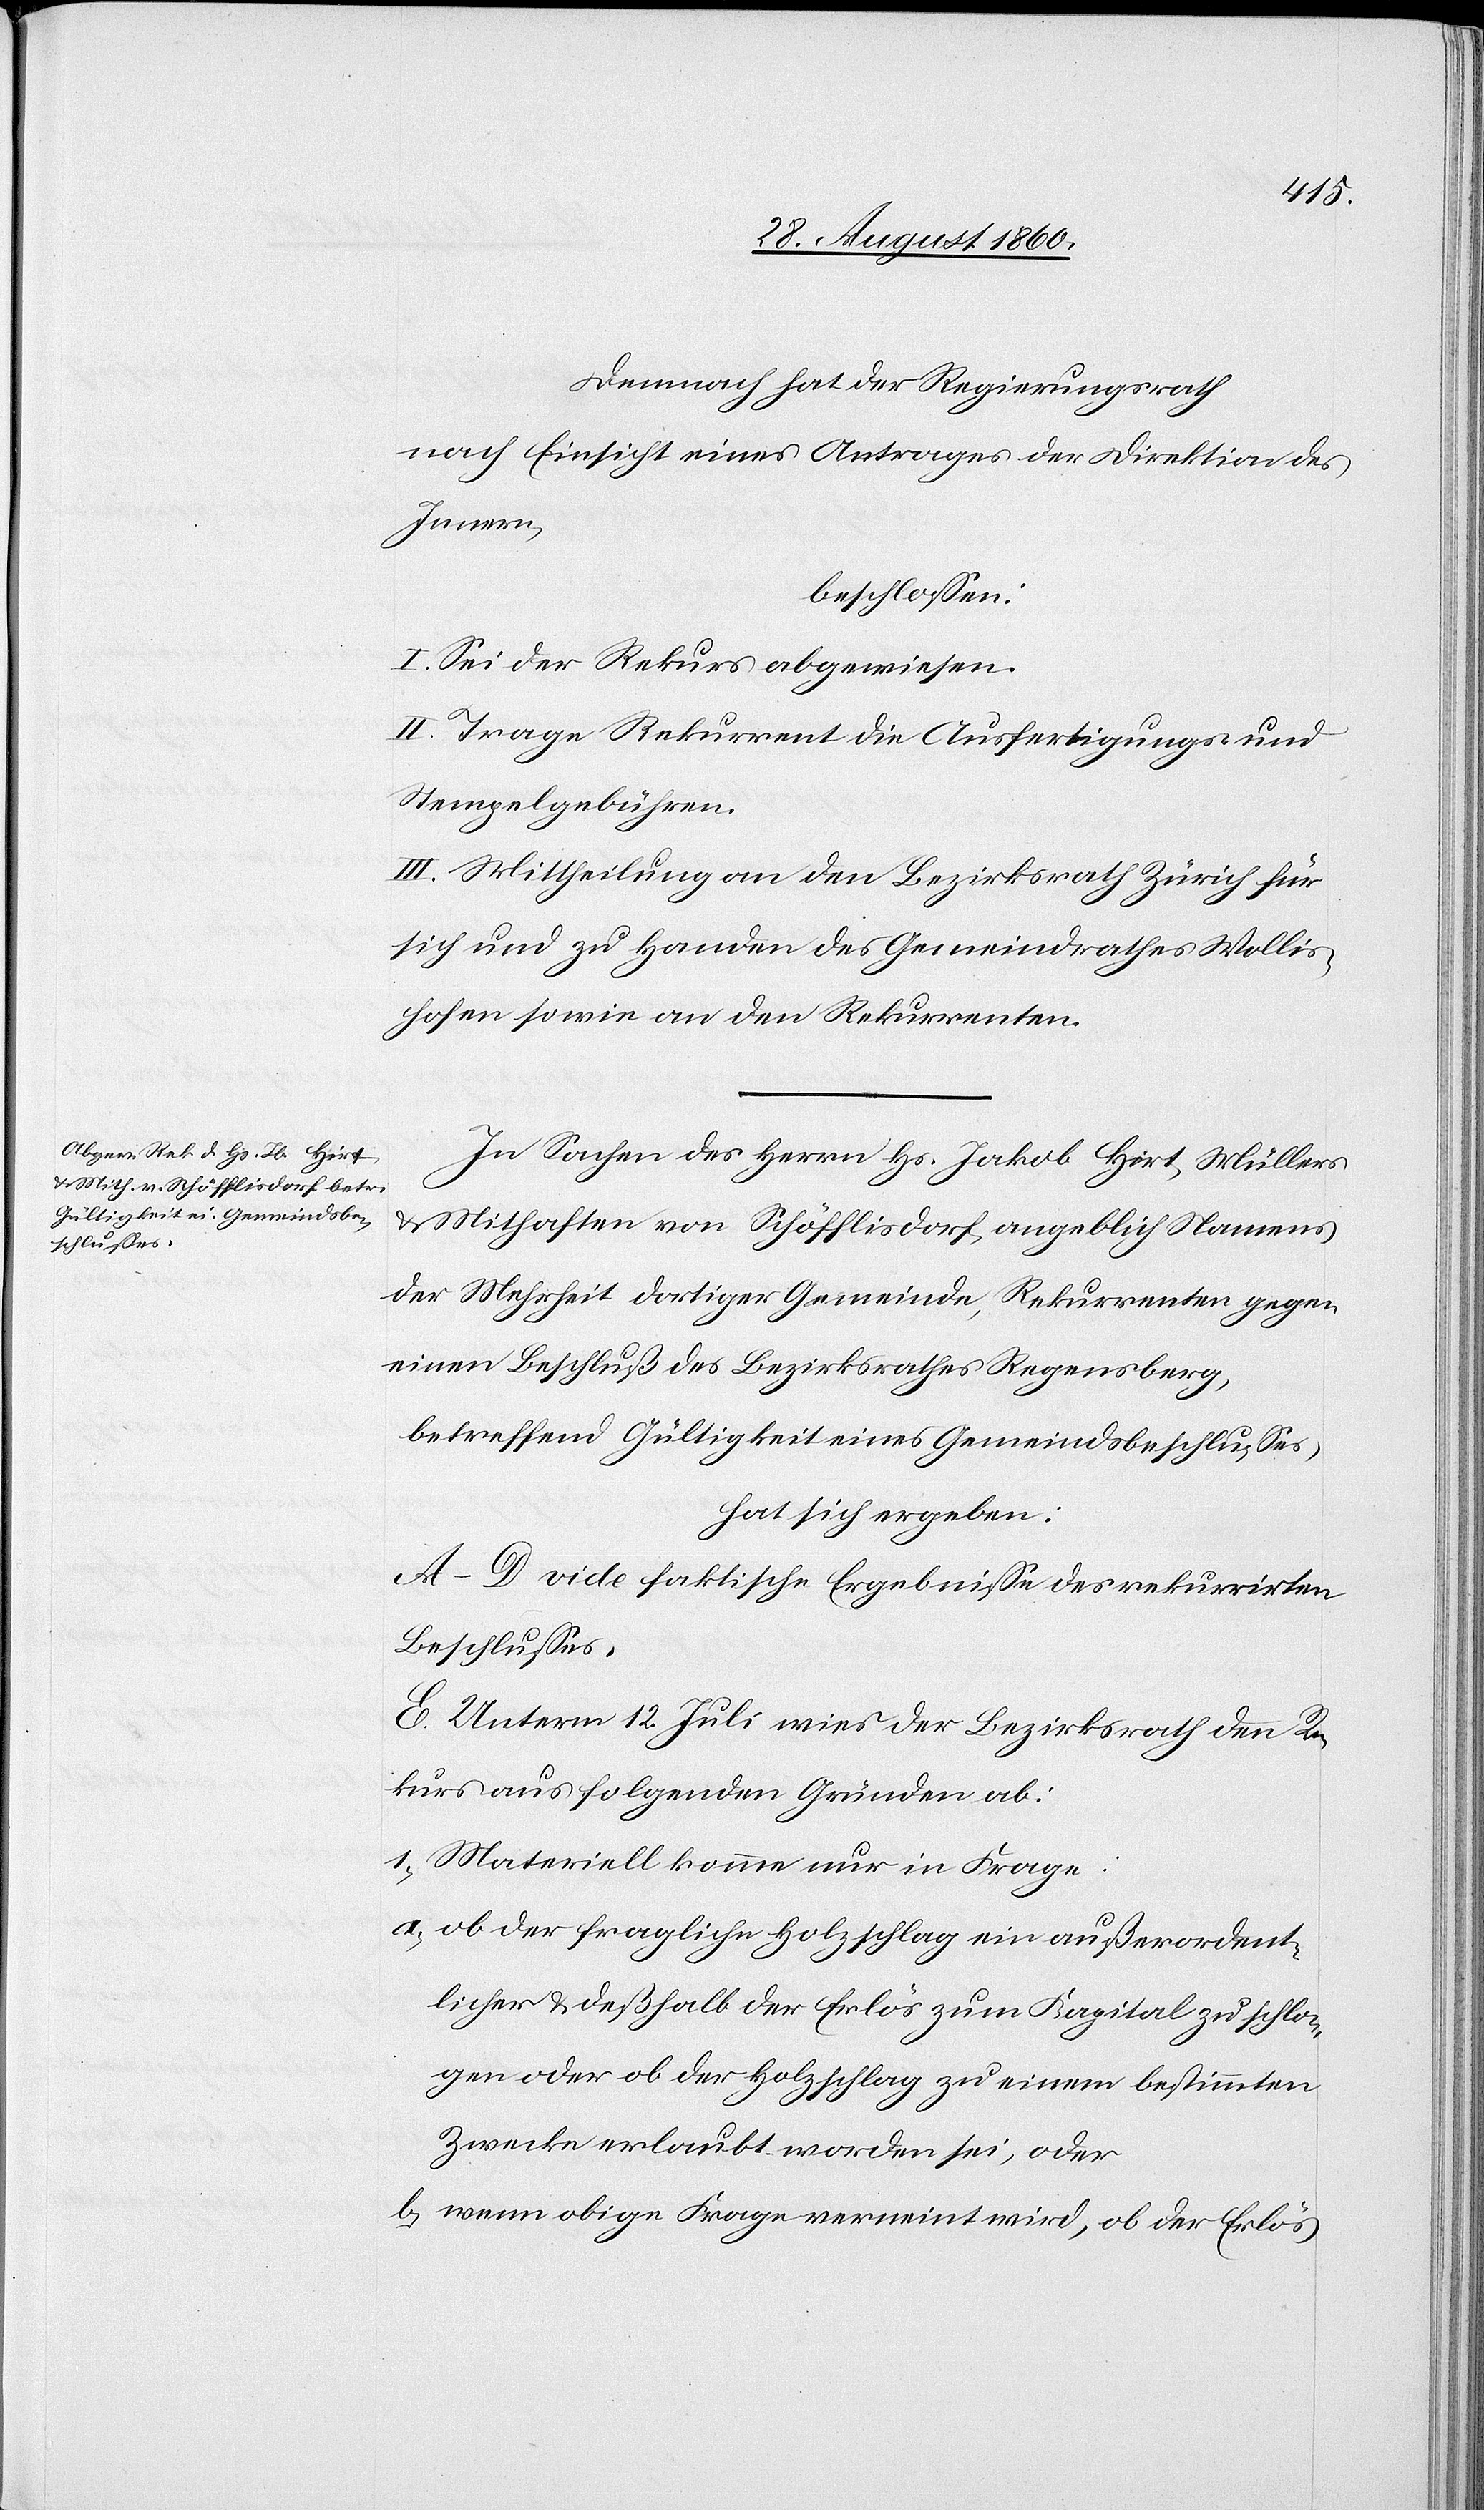
Demnach hat der Regierungsrath,
nach Einsicht eines Antrages der Direktion des
Innern,
beschlossen:
I. Sei der Rekurs abgewiesen.
I. Trage Rekurrent die Ausfertigungs- u.
Stempelgebühren.
III. Mittheilung an den Bezirksrath Zürich für
sich u. zu Handen des Gemeindrathes Wollis¬
hofen, sowie an den Rekurrenten.
In Sachen des Herrn Hs. Jakob Hirt, Müllers
u. Mithaften von Schöfflistorf, angeblich Namens
der Mehrheit dortiger Gemeinde, Rekurrenten gegen
einen Beschluss des Bezirksrathes Regensberg
betreffend Gültigkeit eines Gemeindsbeschlusses
hat sich ergeben:
A–D. vide faktische Ergebnisse des rekurrirten
Beschlusses.
E. Unterm 12. Juli wies der Bezirksrath den Re¬
kurs aus folgenden Gründen ab:
1. Materiell komme nur in Frage:
a) ob der fragliche Holzschlag ein ausserordent¬
licher u. deshalb der Erlös zum Kapital zu schla¬
gen oder ob der Holzschlag zu einem bestimmten
Zwecke erlaubt worden sei, oder
b) wenn obige Frage verneint wird, ob der Erlös